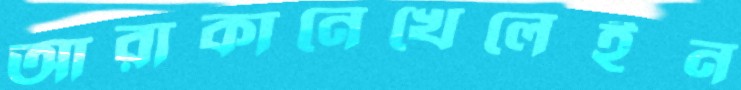
আরাকানেখেলেইন